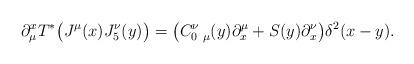
LaTeX: \begin{align*}\partial^{x}_{\mu}T^{*} \big( J^{\mu}(x)J^{\nu}_{5}(y) \big)= \big( C_{0\ \mu}^{\nu}(y)\partial^{\mu}_{x}+S(y)\partial^{\nu}_{x} \big) \delta^{2}(x-y).\end{align*}